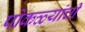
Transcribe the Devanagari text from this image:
पोकळ्यांची